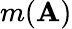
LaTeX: m(\mathbf{A})